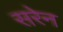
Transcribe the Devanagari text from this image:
सरेन